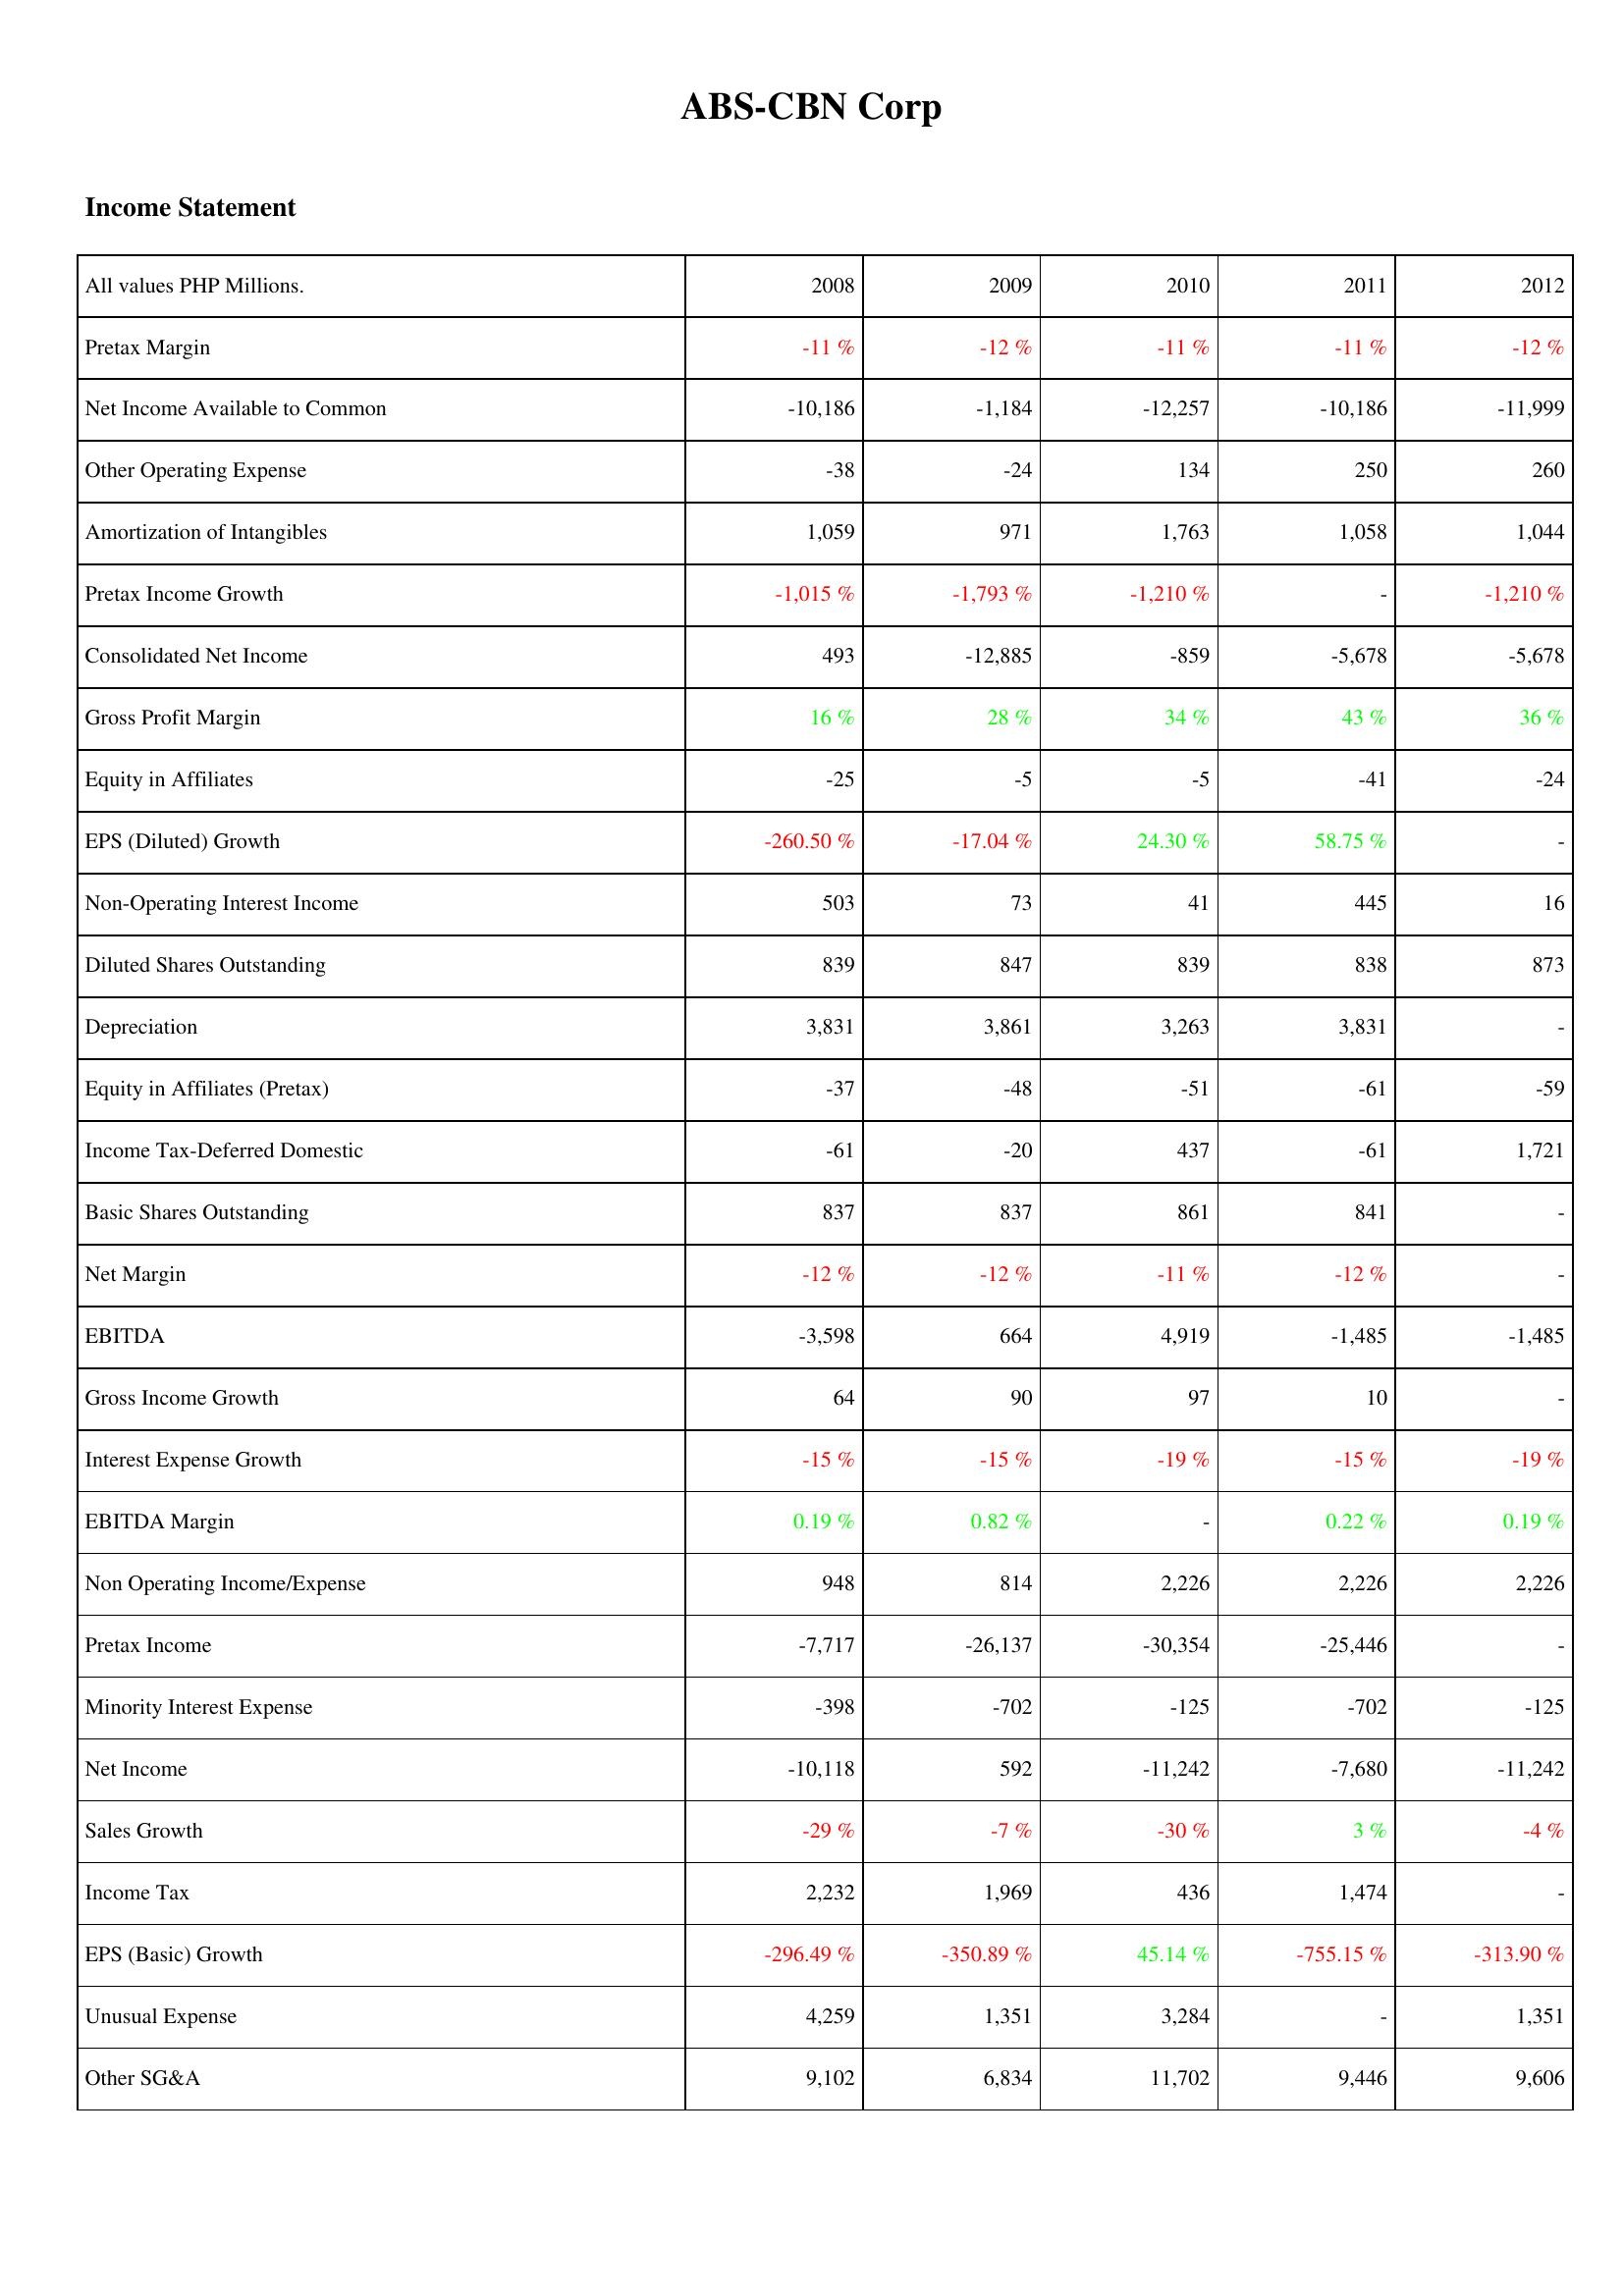
2008: Income Statement: Pretax Margin: -11 %
Net Income Available to Common: -10,186
Other Operating Expense: -38
Amortization of Intangibles: 1,059
Pretax Income Growth: -1,015 %
Consolidated Net Income: 493
Gross Profit Margin: 16 %
Equity in Affiliates: -25
EPS (Diluted) Growth: -260.50 %
Non-Operating Interest Income: 503
Diluted Shares Outstanding: 839
Depreciation: 3,831
Equity in Affiliates (Pretax): -37
Income Tax-Deferred Domestic: -61
Basic Shares Outstanding: 837
Net Margin: -12 %
EBITDA: -3,598
Gross Income Growth: 64
Interest Expense Growth: -15 %
EBITDA Margin: 0.19 %
Non Operating Income/Expense: 948
Pretax Income: -7,717
Minority Interest Expense: -398
Net Income: -10,118
Sales Growth: -29 %
Income Tax: 2,232
EPS (Basic) Growth: -296.49 %
Unusual Expense: 4,259
Other SG&A: 9,102
2009: Income Statement: Pretax Margin: -12 %
Net Income Available to Common: -1,184
Other Operating Expense: -24
Amortization of Intangibles: 971
Pretax Income Growth: -1,793 %
Consolidated Net Income: -12,885
Gross Profit Margin: 28 %
Equity in Affiliates: -5
EPS (Diluted) Growth: -17.04 %
Non-Operating Interest Income: 73
Diluted Shares Outstanding: 847
Depreciation: 3,861
Equity in Affiliates (Pretax): -48
Income Tax-Deferred Domestic: -20
Basic Shares Outstanding: 837
Net Margin: -12 %
EBITDA: 664
Gross Income Growth: 90
Interest Expense Growth: -15 %
EBITDA Margin: 0.82 %
Non Operating Income/Expense: 814
Pretax Income: -26,137
Minority Interest Expense: -702
Net Income: 592
Sales Growth: -7 %
Income Tax: 1,969
EPS (Basic) Growth: -350.89 %
Unusual Expense: 1,351
Other SG&A: 6,834
2010: Income Statement: Pretax Margin: -11 %
Net Income Available to Common: -12,257
Other Operating Expense: 134
Amortization of Intangibles: 1,763
Pretax Income Growth: -1,210 %
Consolidated Net Income: -859
Gross Profit Margin: 34 %
Equity in Affiliates: -5
EPS (Diluted) Growth: 24.30 %
Non-Operating Interest Income: 41
Diluted Shares Outstanding: 839
Depreciation: 3,263
Equity in Affiliates (Pretax): -51
Income Tax-Deferred Domestic: 437
Basic Shares Outstanding: 861
Net Margin: -11 %
EBITDA: 4,919
Gross Income Growth: 97
Interest Expense Growth: -19 %
EBITDA Margin: -
Non Operating Income/Expense: 2,226
Pretax Income: -30,354
Minority Interest Expense: -125
Net Income: -11,242
Sales Growth: -30 %
Income Tax: 436
EPS (Basic) Growth: 45.14 %
Unusual Expense: 3,284
Other SG&A: 11,702
2011: Income Statement: Pretax Margin: -11 %
Net Income Available to Common: -10,186
Other Operating Expense: 250
Amortization of Intangibles: 1,058
Pretax Income Growth: -
Consolidated Net Income: -5,678
Gross Profit Margin: 43 %
Equity in Affiliates: -41
EPS (Diluted) Growth: 58.75 %
Non-Operating Interest Income: 445
Diluted Shares Outstanding: 838
Depreciation: 3,831
Equity in Affiliates (Pretax): -61
Income Tax-Deferred Domestic: -61
Basic Shares Outstanding: 841
Net Margin: -12 %
EBITDA: -1,485
Gross Income Growth: 10
Interest Expense Growth: -15 %
EBITDA Margin: 0.22 %
Non Operating Income/Expense: 2,226
Pretax Income: -25,446
Minority Interest Expense: -702
Net Income: -7,680
Sales Growth: 3 %
Income Tax: 1,474
EPS (Basic) Growth: -755.15 %
Unusual Expense: -
Other SG&A: 9,446
2012: Income Statement: Pretax Margin: -12 %
Net Income Available to Common: -11,999
Other Operating Expense: 260
Amortization of Intangibles: 1,044
Pretax Income Growth: -1,210 %
Consolidated Net Income: -5,678
Gross Profit Margin: 36 %
Equity in Affiliates: -24
EPS (Diluted) Growth: -
Non-Operating Interest Income: 16
Diluted Shares Outstanding: 873
Depreciation: -
Equity in Affiliates (Pretax): -59
Income Tax-Deferred Domestic: 1,721
Basic Shares Outstanding: -
Net Margin: -
EBITDA: -1,485
Gross Income Growth: -
Interest Expense Growth: -19 %
EBITDA Margin: 0.19 %
Non Operating Income/Expense: 2,226
Pretax Income: -
Minority Interest Expense: -125
Net Income: -11,242
Sales Growth: -4 %
Income Tax: -
EPS (Basic) Growth: -313.90 %
Unusual Expense: 1,351
Other SG&A: 9,606